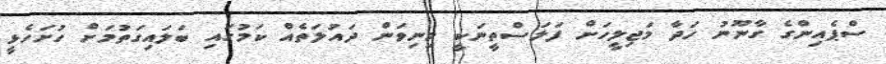
ސްޕެއިންގެ ގާނޫނު ހަދާ މަޖިލީހަށް ފަލަސްތީނަކީ މިނިވަން ދައުލަތެއް ކަމުގައި ބަލައިގަތުމަށް ހުށަހެޅީ